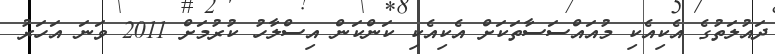
ދައުލަތުގެ އެކިއެކި މުއައްސަސާތަކަށް އެކިއެކި ކަންކަން އިސްލާހު ކުރުމަށް 2011 ވަނަ އަހަރު